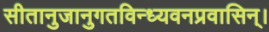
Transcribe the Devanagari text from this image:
सीतानुजानुगतविन्ध्यवनप्रवासिन्।